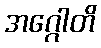
အဂ္ဂေါတိ